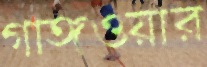
গাঙ্গওয়ার